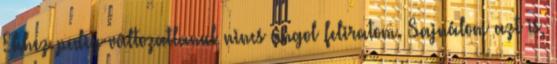
Ehhez pedig változatlanul nincs angol feliratom. Sajnálom azt is,